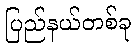
ပြည်နယ်တစ်ခု